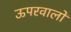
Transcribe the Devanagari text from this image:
ऊपरवालों